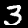
Label: 3